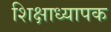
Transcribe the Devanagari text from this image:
शिक्षाध्यापक